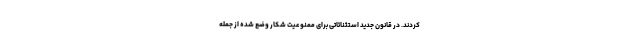
کردند. در قانون جدید استثنائاتی برای ممنوعیت شکار وضع شده از جمله